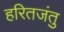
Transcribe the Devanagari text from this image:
हरितजंतु